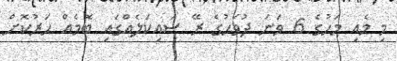
މި މެއި މަހުގެ 6 ވަނަ ދުވަހުގެ ރޭ ސައިކަލެއްގައި ބޮމެއް ހަރުކޮށް